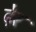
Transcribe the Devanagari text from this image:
ढे़र